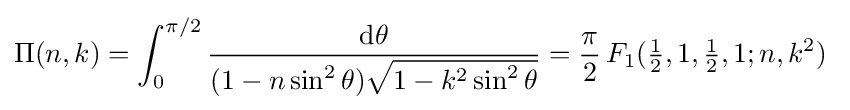
\Pi (n,k)=\int _{0}^{\pi /2}{\frac {\mathrm {d} \theta }{(1-n\sin ^{2}\theta ){\sqrt {1-k^{2}\sin ^{2}\theta }}}}={\frac {\pi }{2}}\,F_{1}({\tfrac {1}{2}},1,{\tfrac {1}{2}},1;n,k^{2})~